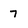
Character: 7